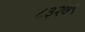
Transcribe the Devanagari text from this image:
८३२७९